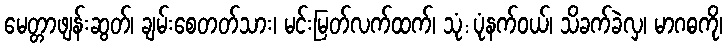
မေတ္တာဖျန်းဆွတ်၊ ချမ်းစေတတ်သား၊ မင်းမြတ်လက်ထက်၊ သုံ:ပုံနက်ဝယ်၊ သိခက်ခဲလှ၊ မာဂဓကို၊